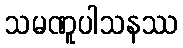
သမဏူပါသနဿ